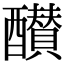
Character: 𨣵